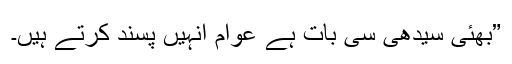
”بھئی سیدھی سی بات ہے عوام انہیں پسند کرتے ہیں۔